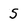
Character: 5